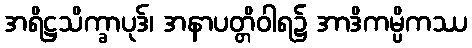
အရိဋ္ဌသိက္ခာပုဒ်၊ အနာပတ္တိဝါရ၌ အာဒိကမ္ပိကဿ